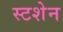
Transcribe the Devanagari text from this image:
स्टशेन